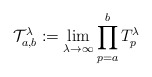
\begin{align*}\mathcal{T}_{a,b}^{\lambda }:=\lim_{\lambda \rightarrow \infty}\prod_{p=a}^{b}T_{p}^{\lambda }\,\end{align*}